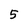
Character: 5